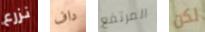
نزرع داف المرتفع لكن